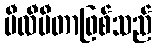
မီလီမီတာဖြစ်သည်